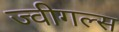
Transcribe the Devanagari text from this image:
ज्वीगल्स